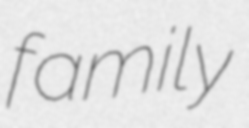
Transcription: family